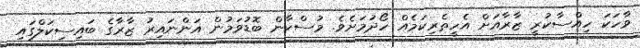
ވާހަކަ ހިއްސާކުރީ ޒާރާއަށް އެހީތެރިކަމެއް ހޯދުމަށެވެ. މުސްކާން ބޮޑުވަމުން އަންނައިރު ޒާރާގެ ބައިސިކަލްގައި